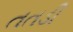
તતડી